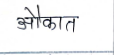
मजकूर: औकात